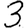
Digit: 3